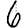
Digit: 6